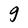
Character: g